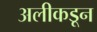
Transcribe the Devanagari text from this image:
अलीकडून